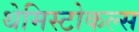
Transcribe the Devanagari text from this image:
थेमिस्टोकल्स